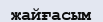
жайғасым